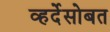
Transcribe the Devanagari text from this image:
व्हर्देसोबत